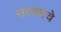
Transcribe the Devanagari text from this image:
सत्यमचे